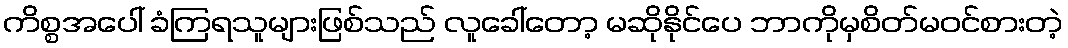
ကိစ္စအပေါ် ခံကြရသူများဖြစ်သည် လူခေါ်တော့ မဆိုနိုင်ပေ ဘာကိုမှစိတ်မဝင်စားတဲ့